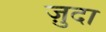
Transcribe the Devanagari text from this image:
ज़ुदा